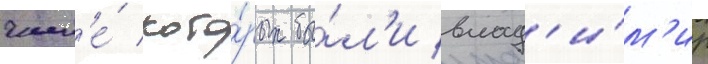
числ'е́ кото́рых бы́л'и влад'и́м'ир